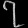
Digit: ၇